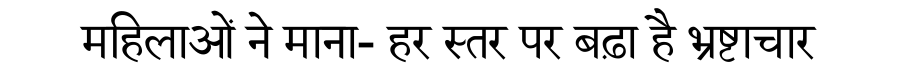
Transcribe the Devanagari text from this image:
महिलाओं ने माना- हर स्तर पर बढ़ा है भ्रष्टाचार